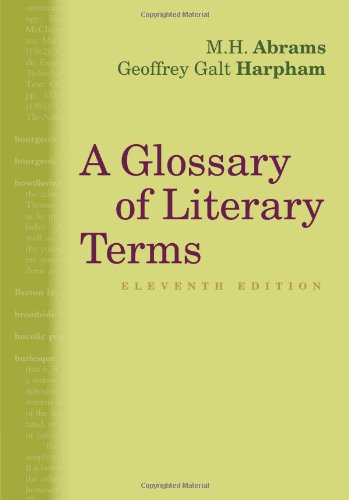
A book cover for A Glossary of Literary Terms; M.H. Abrams; Literature & Fiction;